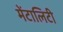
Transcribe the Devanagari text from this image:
मेंटालिटी